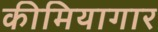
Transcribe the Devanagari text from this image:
कीमियागार